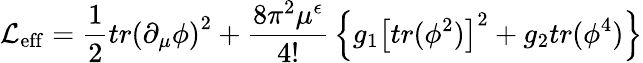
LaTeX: {\cal\mathcal{L}_{\mathrm{{eff}}}}={\frac{{1}}{{2}}}tr\left(\partial_{\mu}\phi\right)^{2}+{\frac{{8\pi^{2}\mu^{\epsilon}}}{{4!}}}\left\{ g_{1}\left[tr(\phi^{2})\right]^{2}+g_{2}tr(\phi^{4})\right\}